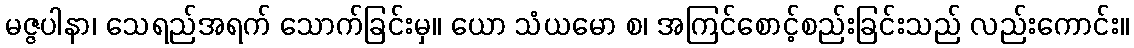
မဇ္ဇပါနာ၊ သေရည်အရက် သောက်ခြင်းမှ။ ယော သံယမော စ၊ အကြင်စောင့်စည်းခြင်းသည် လည်းကောင်း။